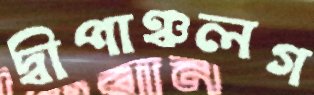
দ্বীপাঞ্চলগ